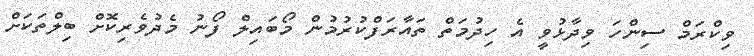
ވިކްރަމް ސިންހަ ވިދާޅުވީ އެ ހިދުމަތް ތައާރަފްކުރުމުން މޯބައިލް ފޯނު މެދުވެރިކޮށް ބިލްތަކަށް